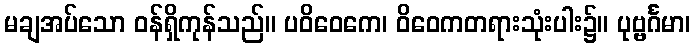
မချအပ်သော ဝန်ရှိကုန်သည်။ ပဝိဝေကေ၊ ဝိဝေကတရားသုံးပါး၌။ ပုဗ္ဗင်္ဂမာ၊